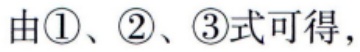
由\textcircled{1}、\textcircled{2}、\textcircled{3}式可得，